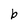
Character: b